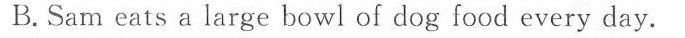
B.Sam eats a large bowl of dog food every day.